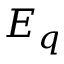
E _ { q }